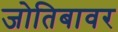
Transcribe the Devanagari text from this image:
जोतिबावर